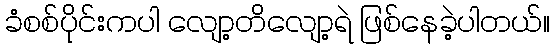
ခံစစ်ပိုင်းကပါ လျော့တိလျော့ရဲ ဖြစ်နေခဲ့ပါတယ်။